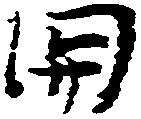
関